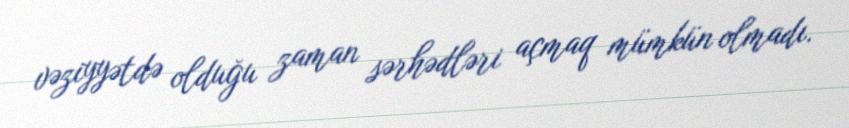
vəziyyətdə olduğu zaman sərhədləri açmaq mümkün olmadı.